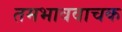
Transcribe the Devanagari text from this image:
तमभाववाचक